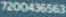
7200436563